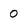
Character: 0